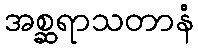
အစ္ဆရာသတာနံ